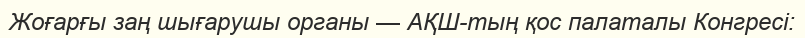
Жоғарғы заң шығарушы органы — АҚШ-тың қос палаталы Конгресі: